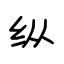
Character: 纵